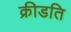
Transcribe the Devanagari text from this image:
क्रीडति